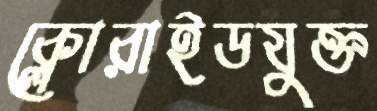
ক্লোরাইডযুক্ত